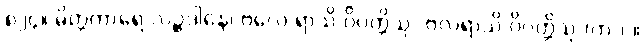
၈၂၄။ မိတ္တကာရေ လဉ္ဇဒါနေ၊ ဗလေ ရာသိ ဝိပတ္တိသု [ဗလရာသိ ဝိပတ္တိသု (က.)]။